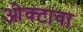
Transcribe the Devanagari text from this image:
ओक्टावा